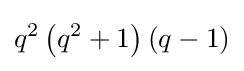
q^{2}\left(q^{2}+1\right)\left(q-1\right)